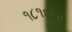
૧૮૧૬ના